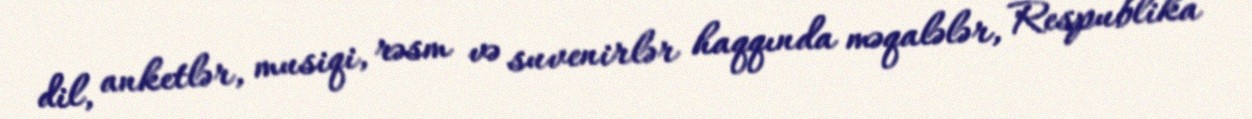
dil, anketlər, musiqi, rəsm və suvenirlər haqqında məqalələr, Respublika